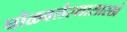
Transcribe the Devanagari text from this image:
घोळवलेल्यासारखे